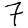
Digit: 7